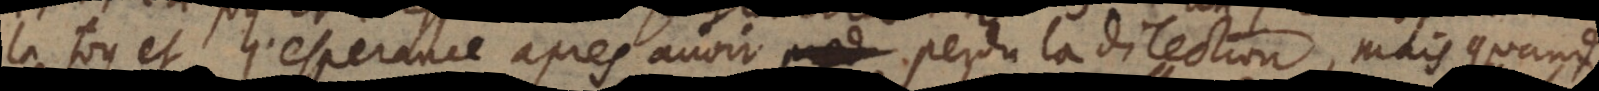
(1) et l’esperance apres avoir perdu la dilection, mais quand